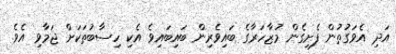
އަދި އެވަގުތުން ފެށިގެން މުޒާހަރާގެ ބައިވެރިން ބައިބައިވެ އެކި ހިސާބުތަކަށް ޖަމާވި އެވެ.